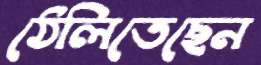
ঠেলিতেছেন